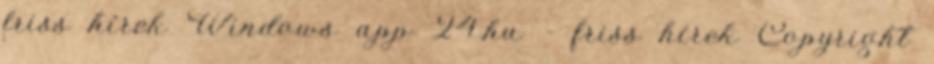
friss hírek Windows app 24.hu - friss hírek Copyright